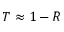
T \approx 1 - R